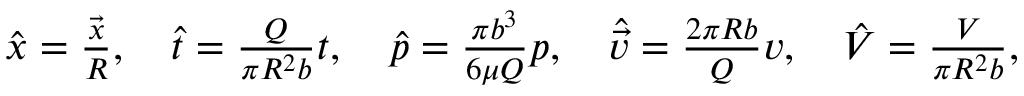
\begin{array} { r } { \boldsymbol { \hat { x } } = \frac { \vec { x } } { R } , \quad \hat { t } = \frac { Q } { \pi R ^ { 2 } b } t , \quad \hat { p } = \frac { \pi b ^ { 3 } } { 6 \mu Q } p , \quad \hat { \vec { v } } = \frac { 2 \pi R b } { Q } \boldsymbol { v } , \quad \hat { V } = \frac { V } { \pi R ^ { 2 } b } , } \end{array}